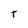
Character: T